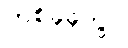
တစ်ခုခုတွင်